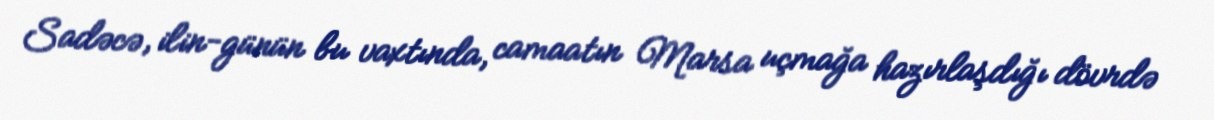
Sadəcə, ilin-günün bu vaxtında, camaatın Marsa uçmağa hazırlaşdığı dövrdə